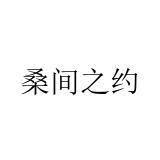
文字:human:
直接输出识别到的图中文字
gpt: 桑间之约